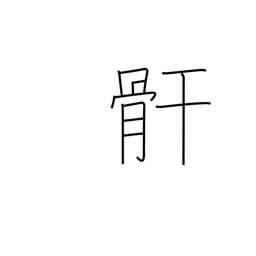
Meaning: leg